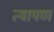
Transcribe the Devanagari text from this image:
त्यापण